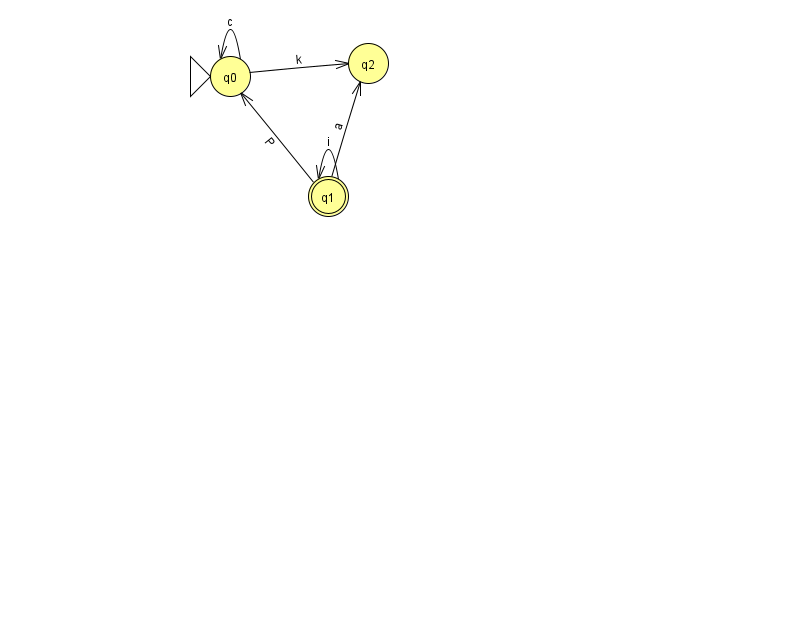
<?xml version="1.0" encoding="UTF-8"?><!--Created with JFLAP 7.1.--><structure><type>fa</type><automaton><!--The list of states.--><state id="0" name="q0"><x>230.0</x><y>63.0</y><initial/></state><state id="1" name="q1"><x>328.0</x><y>183.0</y><final/></state><state id="2" name="q2"><x>368.0</x><y>50.0</y></state><!--The list of transitions.--><transition><from>0</from><to>0</to><read>c</read></transition><transition><from>1</from><to>2</to><read>a</read></transition><transition><from>1</from><to>0</to><read>P</read></transition><transition><from>0</from><to>2</to><read>k</read></transition><transition><from>1</from><to>1</to><read>i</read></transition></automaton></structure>